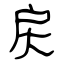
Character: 戻